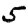
Digit: 5